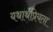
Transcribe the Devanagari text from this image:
यथार्थप्रियता